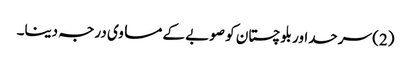
(2) سرحداور بلوچستان کو صوبے کے مساوی درجہ دینا۔